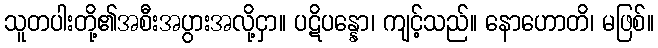
သူတပါးတို့၏အစီးအပွားအလို့ငှာ။ ပဋိပန္နော၊ ကျင့်သည်။ နောဟောတိ၊ မဖြစ်။